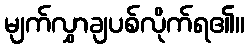
မျက်လွှာချပစ်လိုက်ရ၏။